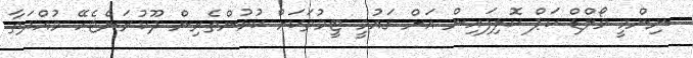
ނިންމީ ވޯލްޑް ކަޕް ކޮލިފައިން އަށް ގައުމީ ޓީމުތަކަށް ކުޅުންތެރިން ދޫކުރަންޖެހޭ މުއްދަތާ